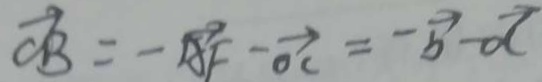
\overrightarrow { C B } = - \overrightarrow { A F } - \overrightarrow { O C } = - \overrightarrow { b } - \overrightarrow { d }